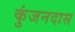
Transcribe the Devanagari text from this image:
कुंजनदास